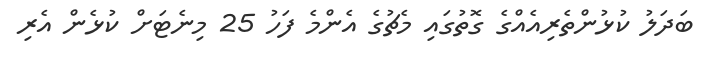
ބަދަލު ކުޅުންތެރިއެއްގެ ގޮތުގައި މެޗުގެ އެންމެ ފަހު 25 މިނެޓަށް ކުޅެން އެރި